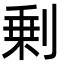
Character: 剰